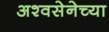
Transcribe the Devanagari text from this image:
अश्वसेनेच्या